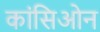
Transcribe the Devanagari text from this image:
कांसिओन